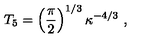
T _ { 5 } = \left( { \frac { \pi } { 2 } } \right) ^ { 1 / 3 } \kappa ^ { - 4 / 3 } \ ,